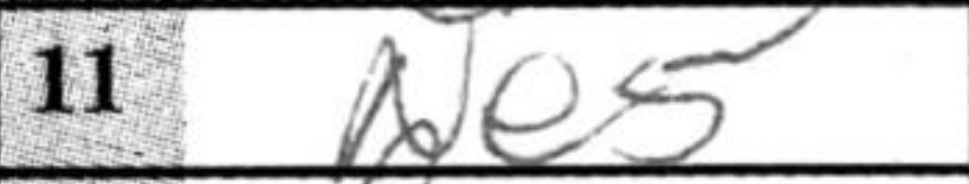
Transcription: Ne5